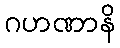
ဂဟဏာနိ